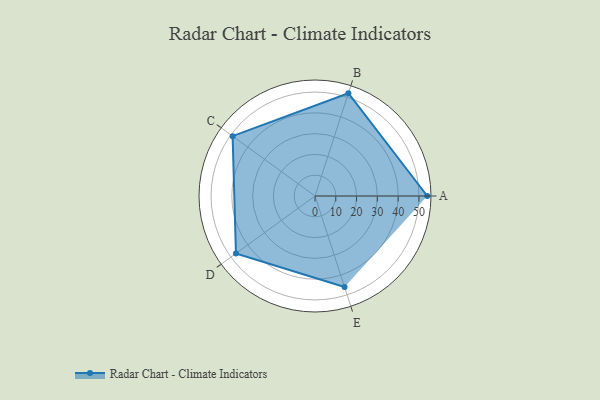
{"axis": {"x": "Skill", "y": "Score"}, "legend": ["Profile"], "data": [{"x": "A", "y": 54.0, "type": "Profile"}, {"x": "B", "y": 52.0, "type": "Profile"}, {"x": "C", "y": 49.0, "type": "Profile"}, {"x": "D", "y": 47.0, "type": "Profile"}, {"x": "E", "y": 46.0, "type": "Profile"}]}